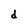
Character: d